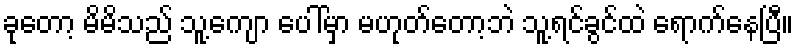
ခုတော့ မိမိသည် သူ့ကျော ပေါ်မှာ မဟုတ်တော့ဘဲ သူ့ရင်ခွင်ထဲ ရောက်နေပြီ။